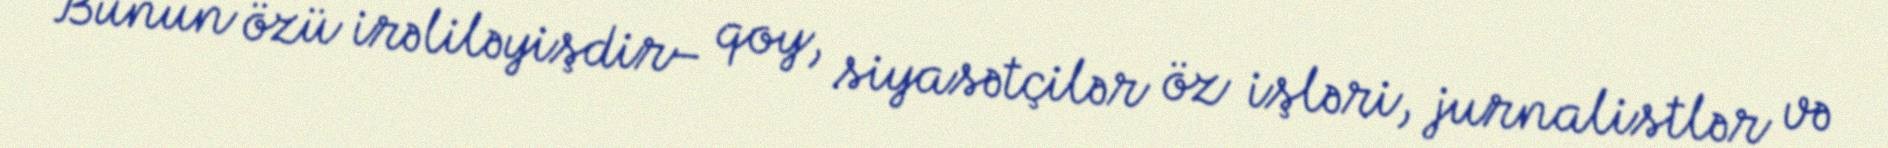
Bunun özü irəliləyişdir– qoy, siyasətçilər öz işləri, jurnalistlər və